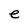
Character: e